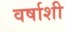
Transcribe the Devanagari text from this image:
वर्षाशी